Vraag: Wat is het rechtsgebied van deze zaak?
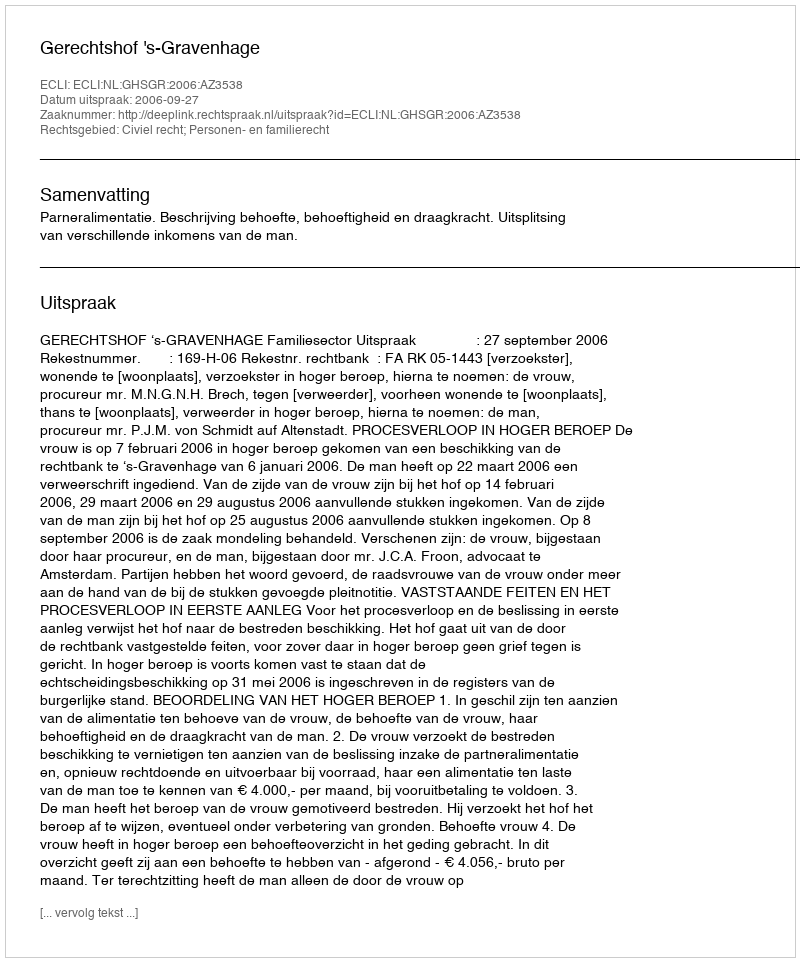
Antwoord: Civiel recht; Personen- en familierecht